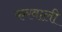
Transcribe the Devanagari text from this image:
करवाली